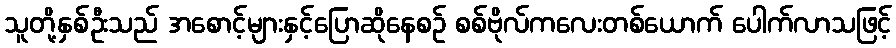
သူတို့နှစ်ဦးသည် အစောင့်များနှင့်ပြောဆိုနေစဉ် စစ်ဗိုလ်ကလေးတစ်ယောက် ပေါက်လာသဖြင့်